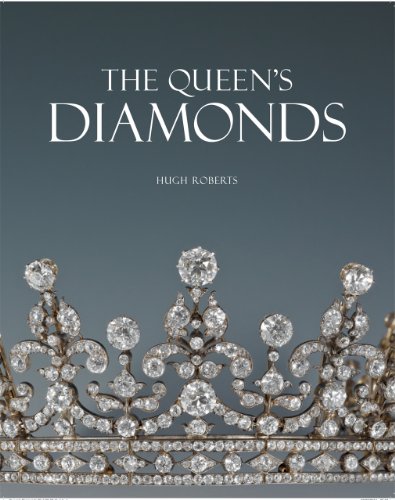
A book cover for The Queen's Diamonds; Hugh Roberts; Crafts, Hobbies & Home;